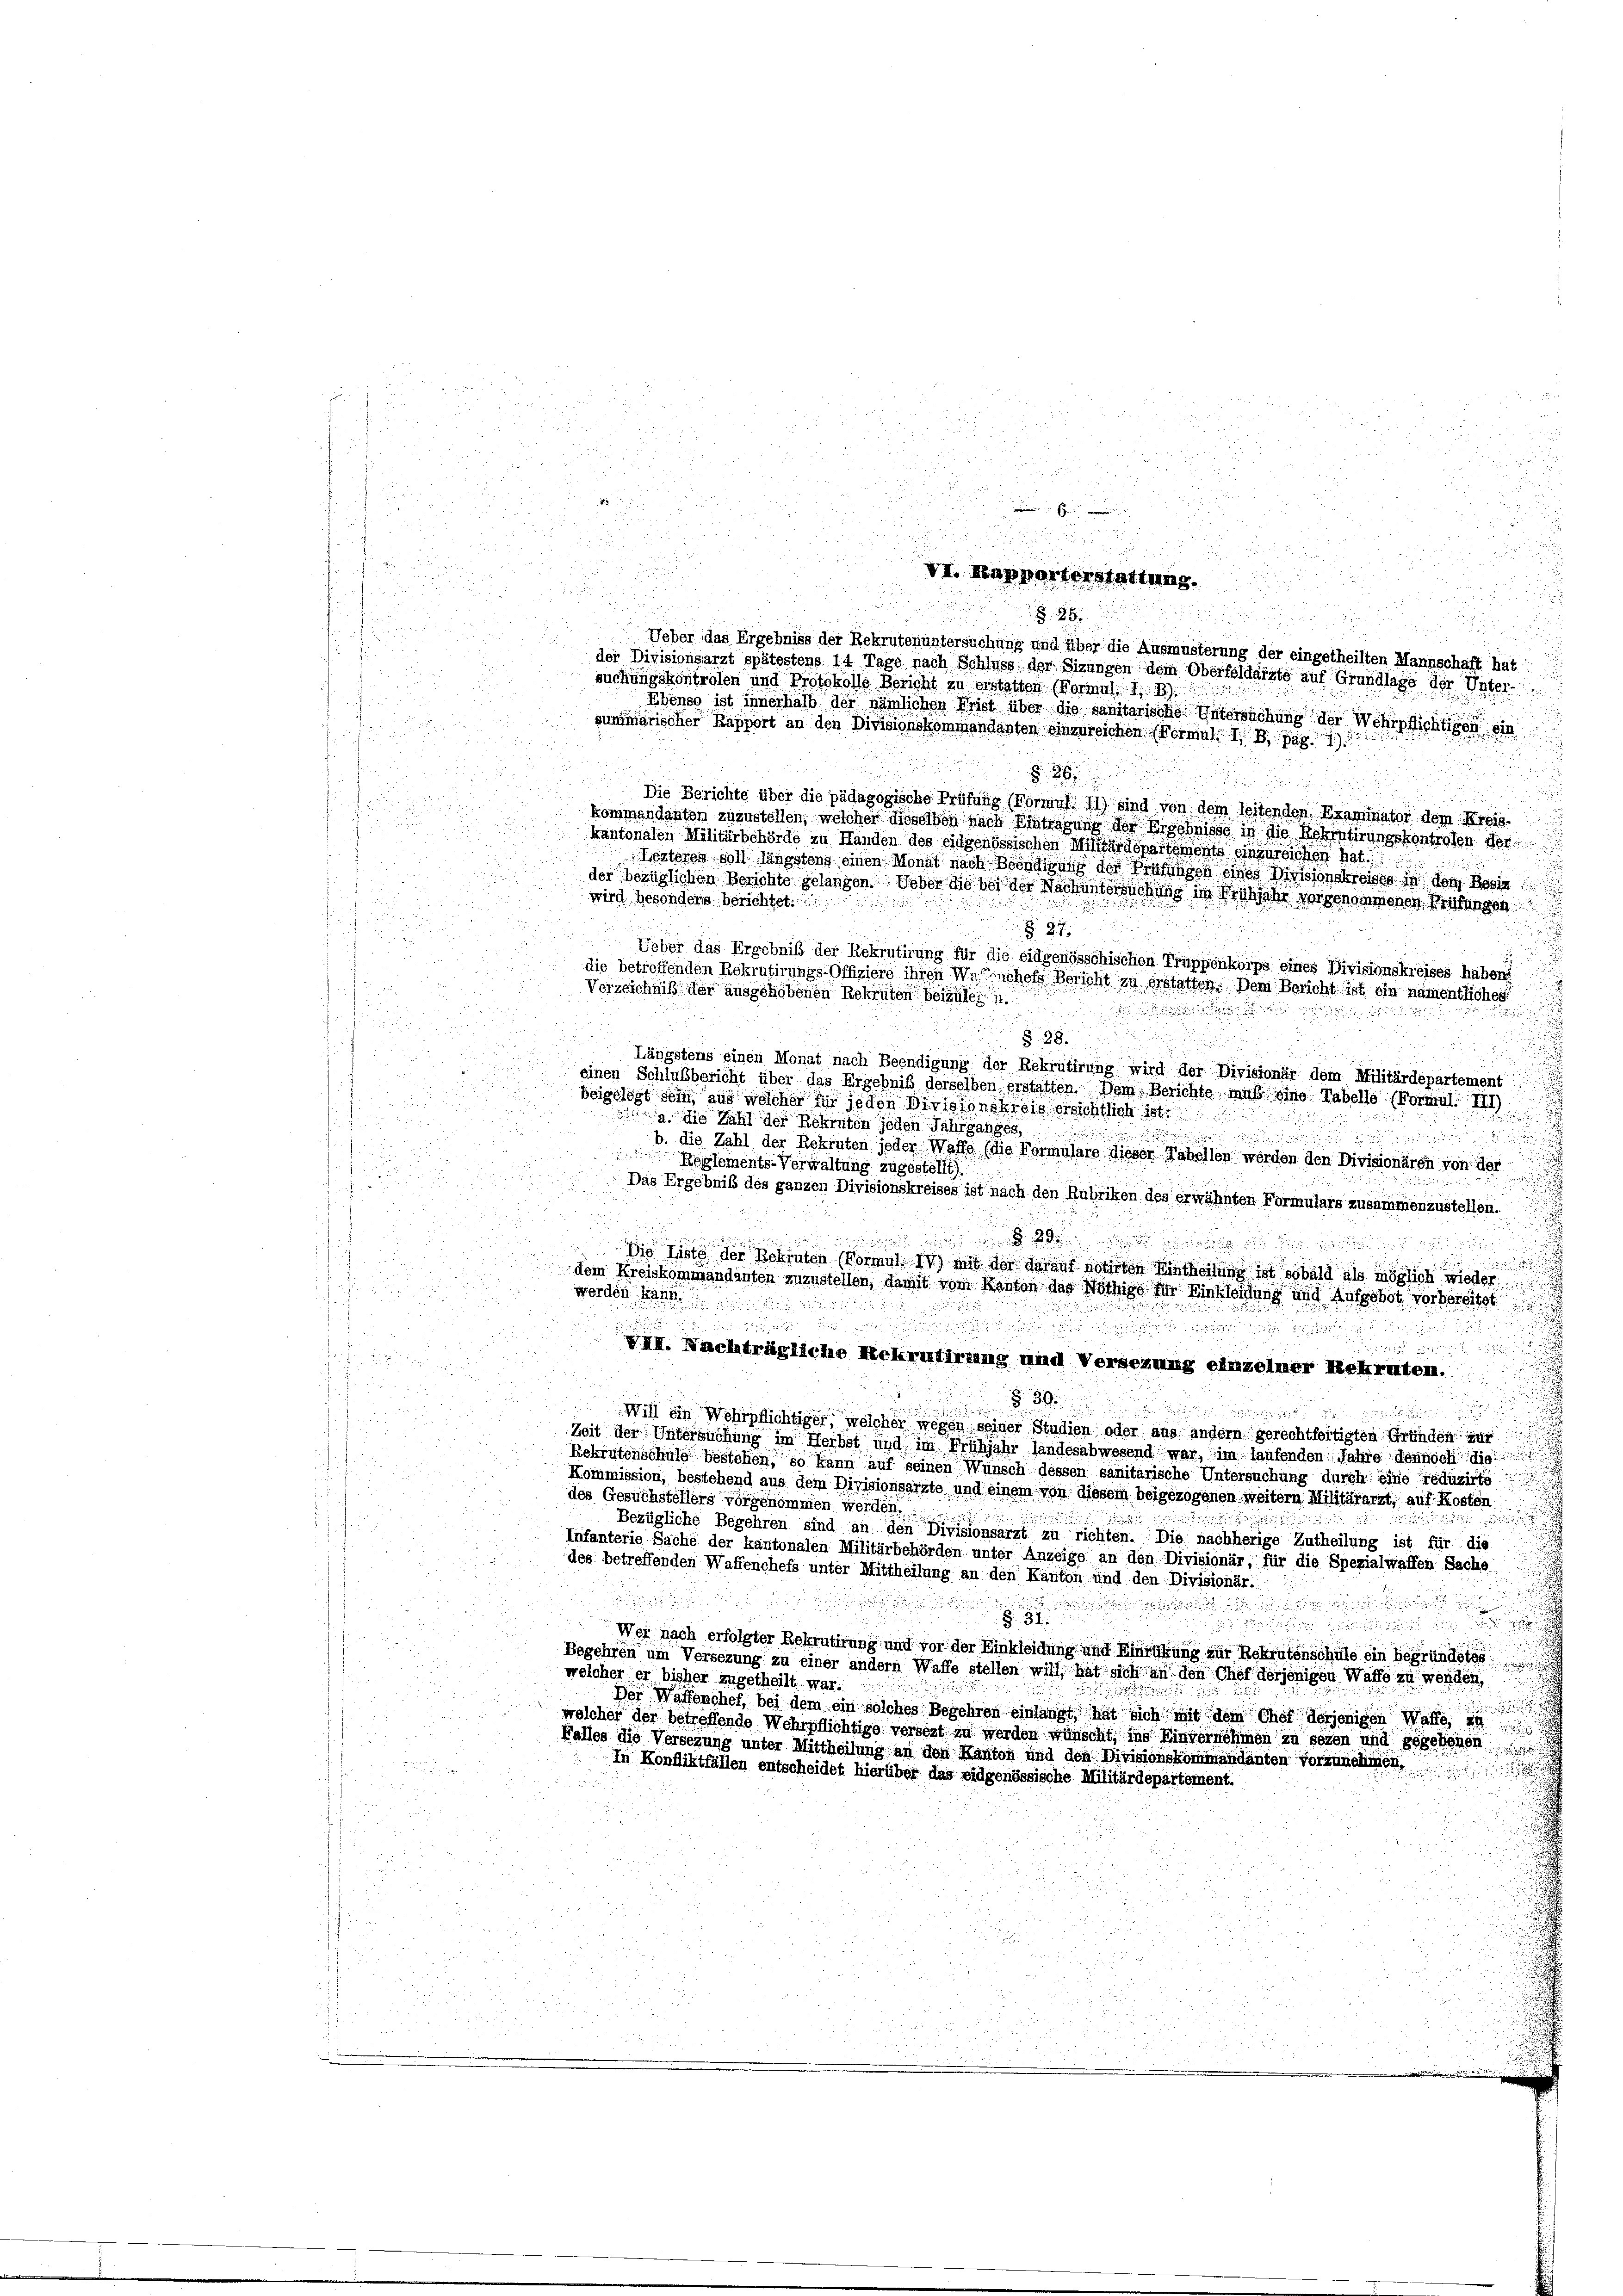
0 20 x

2
.
u
.
suchungskontrolen und Protokolls Bericht zu erstatten (Vormal

Ebenso ist innerhalb der nämlichen Frist über die sanitarische Untersuchung der Wehrpflichtigen ein

summarischer Kapport an den Divisionskommandanten einzureichen (Formul. I, B, pag. 7)
.
2

Die Berichte über die pädagogische Prüfung (Formul. 11) sind von dem leitenden Examinator dem Kreis-

kommandanten zuzustellen, welcher dieselben nach Einfragung der Ergebnisse in die Rekrutirungskontrolen der

kantonalen Militärbehörde zu Handen des eidgenössischen Militärdepartements einzureichen hat.
Lezteres soll längstens einen Monat nach Beschon der Brüningen eines Divisionskreises in dem Resig
wird besondere berichtet.
d

B 27
Ueber das Ergebniß der Rekrutirung für die eidgenösschischen Truppenkorps eines Divisionskreises haben
die betreffenden Rekrutirungs-Offiziere ihren Wallichels Bericht zu erstatten. Dem Bericht ist ein namentlichen

Verzeichniß der ausgehobenen Rekruten beizulen u.

§ 38.
u
Längstens einen Monat nach Beendigung der Rekrutirung wird der Divisionär dem Militärdepartement
2

u
einen Schlußbericht über das Ergebniß derselben erstatten. Dem Berichte muß eine Tabelle (Formul. III)

beigelegt sein, aus welcher für jeden Divisionskreis errichtlich ist.
a. die Zahl der Rekruten jeden Jahrganges,
 xx
3

b. die Zahl der Rekruten jeder Waffe (die Formulare dieser Tabellen worden den Divisionären von der
a 8
Reglements-Verwaltung zugestellt).

Das Ergebniß des ganzen Divisionskreises ist nach den Rubriken des erwähnten Formulars zusammenzustellen.

u

n
Die Liste der Rekruten (Vormul: IV) mit der darauf notirten Eintheilung ist sobald als möglich wieder

dem Kreiskommandanten zuzustellen, damit vom Kanton das Nöthige für Einkleidung und Aufgebot vorbereitet
werden kann.

3

VII. Nachträgliche Rekrutirung und Versezung einzelner Rekruten.

 552
3
8

d
 55
Will ein Wehrpflichtiger, welcher wegen seiner Studien oder aus andern gerechtfeitigten Gründen zur

Zeit der Untersuchung im Herbst und im Frühjahr landesabwesend war, im laufenden Jahre dennoch die
Rekrutenschule bestehen, so kann auf seinen Wunsch dessen sanitarische Untersuchung durch eine reduzirte

Kommission, bestehend aus dem Divisionsarzte und einem von diesem beigezogenen weitern Militärarzt, auf Kosten
des Gesuchstellers vorgenommen werden.

Bezügliche Begehren sind an den Divisionsärzt in richten. Die nachherige Zutheilung ist für die
Infanterie Sache der kantonalen Militärbehörden unter Anzeige an den Divisionär, für die Spezialwaffen Sache
des betreffenden Waffenchefs unter Mittheilung an den Kanton und den Divisionär
e

5

Wer nach erfolgter Rekrutirung und vor der Einkleidung und Einrückung zur Rekrutenschule ein begründetes
i
Begehren um Versezung zu einer andern Waffe stellen will, hat sich an den Chef derjenigen Waffe zu wenden,
welcher er bisher zugetheilt war.

Der Waffenchef, bei dem ein solches Begehren einlangt, hat sich mit dem Chef derjenigen Waffe, in
welcher der betreffende Wehrpflichtige versezt zu werden wünscht, ins Einvernehmen zu sezen und gegebenen
Falles die Versezung unter Mittheilung an den Kanton und den Divisionskommandanten vorzunehmen,
In Konfliktfällen entscheidet hierüber das eidgenössische Militärdepartement.

e

88
n

Ueber das Ergebniss der Rekrutenuntersuchung und über die Ausmusterung der eingetheilten Mannschaft hat
der Divisionsarzt spätestens 14 Tage nach Schluss der Sizungen dem Oberfeldärzte auf Grundlage der Unter-

der bezüglichen Berichte gelangen. Ueber die bei der Nach untersuchung im Frühjahr vorgenommenen Prüfungen

26

VI. Rapporterstattung.